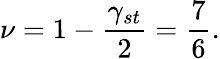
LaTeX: \nu=1-\frac{\gamma_{st}}{2}=\frac{7}{6}.